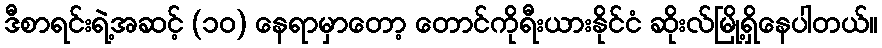
ဒီစာရင်းရဲ့အဆင့် (၁၀) နေရာမှာတော့ တောင်ကိုရီးယားနိုင်ငံ ဆိုးလ်မြို့ရှိနေပါတယ်။